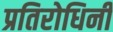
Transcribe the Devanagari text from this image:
प्रतिरोधिनी